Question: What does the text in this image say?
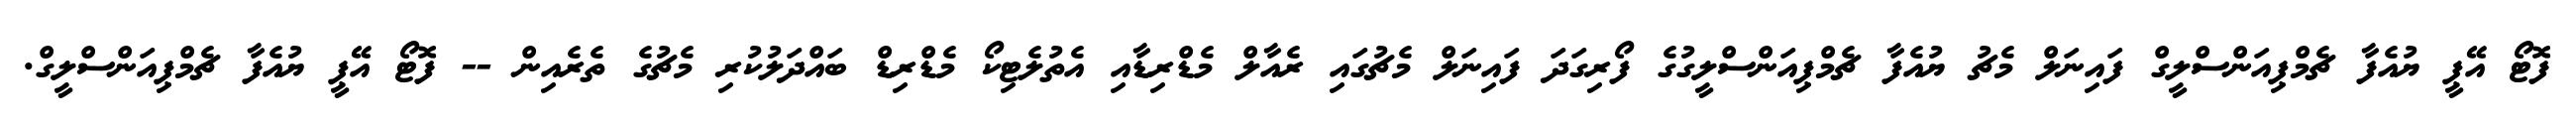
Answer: ފޮޓޯ އޭޕީ ޔުއެފާ ޗެމްޕިއަންސްލީގް ފައިނަލް މެޗު ޔުއެފާ ޗެމްޕިއަންސްލީގުގެ ފޯރިގަދަ ފައިނަލް މެޗުގައި ރެއާލް މެޑްރިޑާއި އެތުލެޓިކޯ މެޑްރިޑް ބައްދަލުކުރި މެޗުގެ ތެރެއިން -- ފޮޓޯ އޭޕީ ޔުއެފާ ޗެމްޕިއަންސްލީގް.